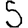
Digit: 5